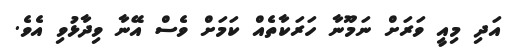
އަދި މިއީ ވަރަށް ނަމޫނާ ހަރަކާތެއް ކަމަށް ވެސް އޭނާ ވިދާޅުވި އެވެ.